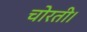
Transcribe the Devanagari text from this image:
चोरती।